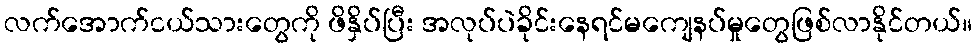
လက်အောက်ငယ်သားတွေကို ဖိနှိပ်ပြီး အလုပ်ပဲခိုင်းနေရင်မကျေနပ်မှုတွေဖြစ်လာနိုင်တယ်။